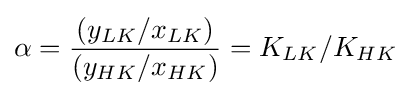
\alpha ={\frac {(y_{LK}/x_{LK})}{(y_{HK}/x_{HK})}}=K_{LK}/K_{HK}